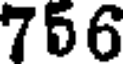
756